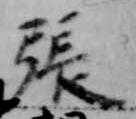
張